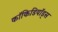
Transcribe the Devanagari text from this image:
कॉकिडियॉड्स